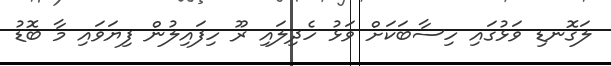
ލަގޮނޑި ވަޅުގައި ހިސާބަކަށް ވަޅު ހެދިލައި ރޫ ހިފައިލުން ފިޔަވައި މާ ބޮޑު